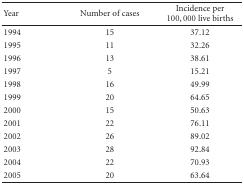
| Year | Number of cases | Incidence per 100,000 live births |
 | --- | --- | --- |
 | 1994 | 15 | 37.12 |
 | 1995 | 11 | 32.26 |
 | 1996 | 13 | 38.61 |
 | 1997 | 5 | 15.21 |
 | 1998 | 16 | 49.99 |
 | 1999 | 20 | 64.65 |
 | 2000 | 15 | 50.63 |
 | 2001 | 22 | 76.11 |
 | 2002 | 26 | 89.02 |
 | 2003 | 28 | 92.84 |
 | 2004 | 22 | 70.93 |
 | 2005 | 20 | 63.64 |